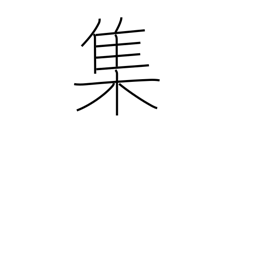
Meaning: swarm